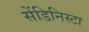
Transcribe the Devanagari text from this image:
सेंडिनिस्टा